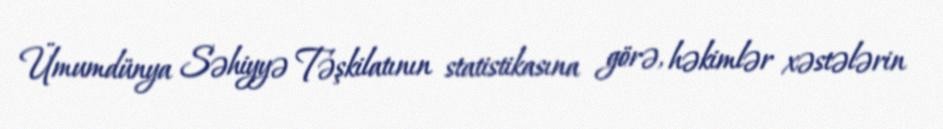
Ümumdünya Səhiyyə Təşkilatının statistikasına görə, həkimlər xəstələrin